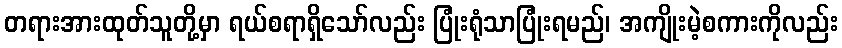
တရားအားထုတ်သူတို့မှာ ရယ်စရာရှိသော်လည်း ပြုံးရုံသာပြုံးရမည်၊ အကျိုးမဲ့စကားကိုလည်း